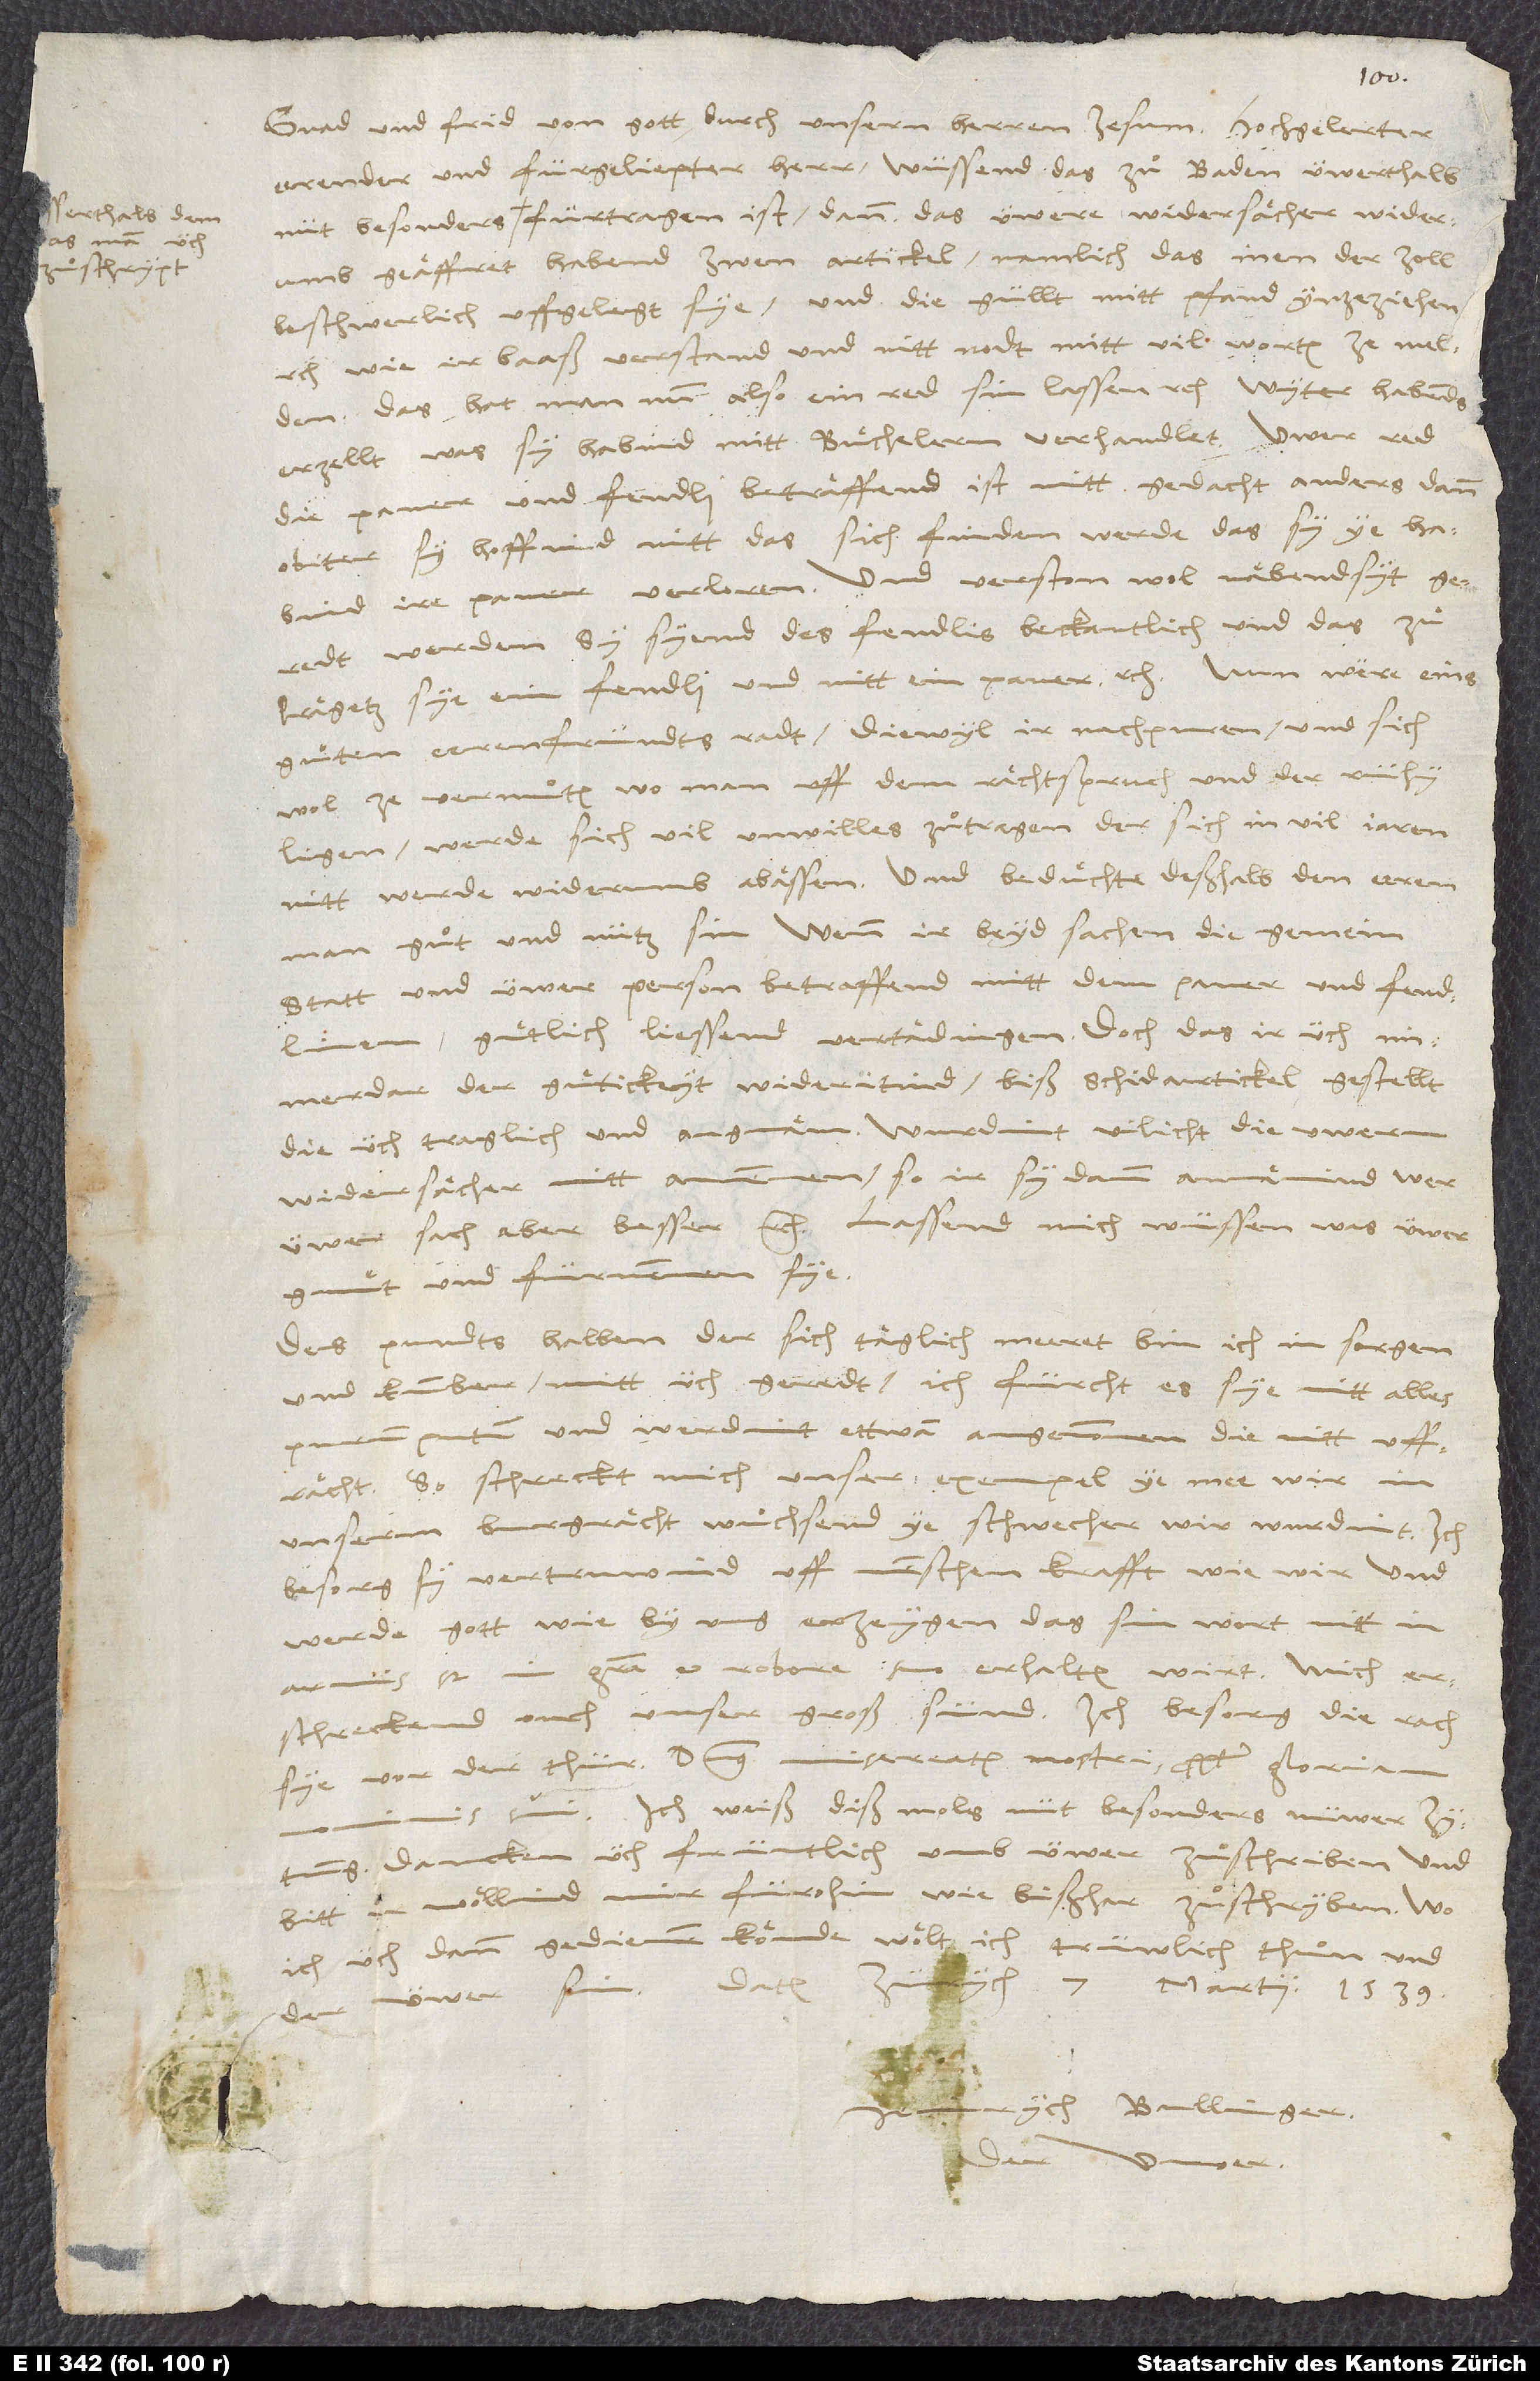
das man üch
zuͦschrypt,

Gnad und frid von gott durch unsern herren Jesum. Hochgelerter,
eerender und fürgeliepter herr, wüssend, das zuͦ Baden üwerthalb
geäffret habend zwen artickel: namlich das inen der zoll
beschwerlich uffgelegt sye und die güllt mitt pfand ynzeziehen
wie ir baaß verstand und nitt nodt, mitt vil worten ze melden.
Das hat man nun also ein red sin lassen etc. Wyter habends
erzellt, was sy habind mit Büchelern verhandlet. Üwer red
die paner und fendli betraͤffend ist nitt gedacht anders dann
obiter. Sy hoffind nitt, das sich finden werde, das sy ye habind
ire paner verloren. Und verston wol, näbendsyt
geredt werden, sy syend des fendlis beckantlich und das zuͦ
Pregetz sye ein fendli, und nitt ein paner etc. Nun wäre eins
guͦten erenfründts radt: diewyl ir nachpuren und sich
wol ze vermuͦten, wo man uff dem rächtspruch und der rühy
werde sich vil unwilles zuͦtragen, der sich in vil jaren
nitt werde widerumb abässen, und bedüchte deßhalb den eerenman
guͦt und nütz sin, wenn ir beyd Sachen, die gemein
statt und üwer person beträffend mitt dem paner und fendlinen,
guͤtlich liessend vertädingen; doch das ir üch
immerdar der guͤtickeyt wideritind, biß schidartickel gestellt,
die üch traglich und angnäm. Wurdint vilicht die üwern
widersächer nitt anemmen; so ir sy dann annämind, wer
üwer sach aber besser etc. Lassend mich wüssen, was üwer
gmuͤt und fürnemmen sye.
Des pundts halben, der sich täglich meeret, bin ich in sorgen
und kumber. Mitt üch geredt: ich fürcht, es sye nitt alles
putum und werdint ettwan angenommen, die nitt uffrächt.
So schreckt mich unser exempel. Ye mee wir in
unserm burgrächt wuͦchsend, ye schwecher wir wurdint. Ich
besorg, sy vertruwind uff menschen krafft wie wir, und
werde gott wie by uns erzeygen, das sin wort nitt in
armis, sed in gratia et robore suo erhalten wirt. Mich
erschreckend ouch unser groß sünd. Ich besorg, die rach
sye vor der thür. Dominus misereatur nostri propter gloriam
sui. Ich weiß dißmols nüt besonders nüwer zytung;
dancken üch früntlich umb üwer zuͦschriben und
bitt, ir wöllind mir fürohin wie bißhar zuͦschryben. Wo
ich üch dann gedienen könde, wölt ich trüwlich thuͦn und
7. Martii 1539.
der üwer sin. Datum
Bullinger
üwer.